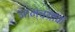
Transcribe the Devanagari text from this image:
आम्चयांकं